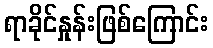
ရာခိုင်နှုန်းဖြစ်ကြောင်း